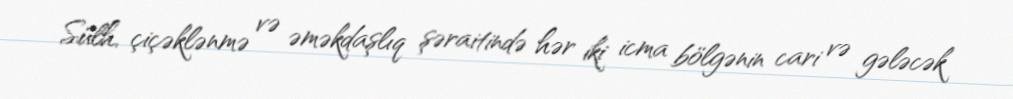
Sülh, çiçəklənmə və əməkdaşlıq şəraitində hər iki icma bölgənin cari və gələcək